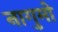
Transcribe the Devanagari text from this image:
नागुमो